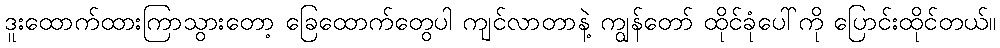
ဒူးထောက်ထားကြာသွားတော့ ခြေထောက်တွေပါ ကျင်လာတာနဲ့ ကျွန်တော် ထိုင်ခုံပေါ်ကို ပြောင်းထိုင်တယ်။